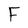
Character: F